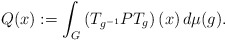
\begin{align*}Q(x):=\int_G\left(T_{g^{-1}}PT_g\right)(x)\, d\mu(g).\end{align*}